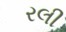
રલી